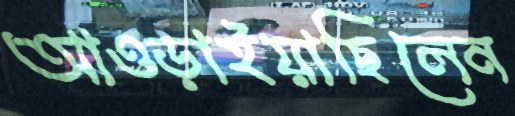
আওড়াইয়াছিলেন